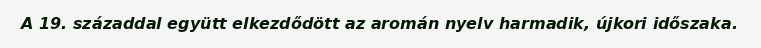
A 19. századdal együtt elkezdődött az aromán nyelv harmadik, újkori időszaka.